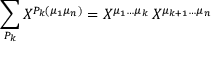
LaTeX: \sum _ { P _ { k } } X ^ { P _ { k } ( \mu _ { 1 } \mu _ { n } ) } = X ^ { \mu _ { 1 } \ldots \mu _ { k } } \, X ^ { \mu _ { k + 1 } \ldots \mu _ { n } }